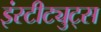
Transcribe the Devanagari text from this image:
इंस्टीट्युट्स